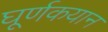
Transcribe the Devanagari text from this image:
घूर्णकयान